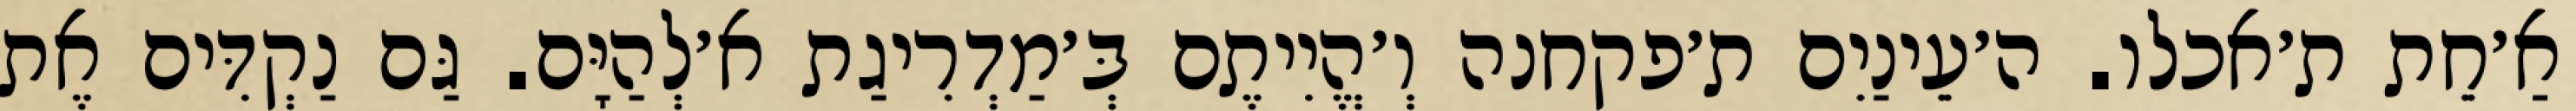
אַ׳חֵת ת׳אכלו. ה׳עֵינַיִם ת׳פקחנה וְ׳הֱיִיתֶם בְּ׳מַדְרִיגַת א׳לְהַיָּם. גַּם נַקְדִּים אֶת